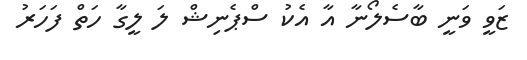
ޒަވީ ވަނީ ބާސެލޯނާ އާ އެކު ސްޕެނިޝް ލަ ލީގާ ހަތް ފަހަރު